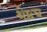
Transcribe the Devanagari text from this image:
श्रेष्ठच